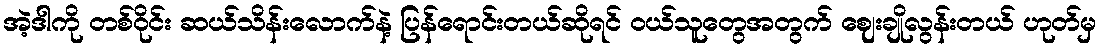
အဲ့ဒါကို တစ်ဝိုင်း ဆယ်သိန်းလောက်နဲ့ ပြန်ရောင်းတယ်ဆိုရင် ဝယ်သူတွေအတွက် ဈေးချိုလွန်းတယ် ဟုတ်မှ